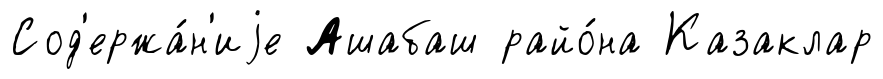
Сод'ержа́н'иjе Ашабаш райо́на Казаклар